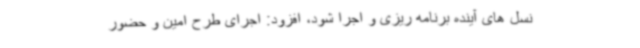
نسل های آینده برنامه ریزی و اجرا شود، افزود: اجرای طرح امین و حضور